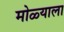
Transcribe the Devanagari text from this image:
मोळ्याला